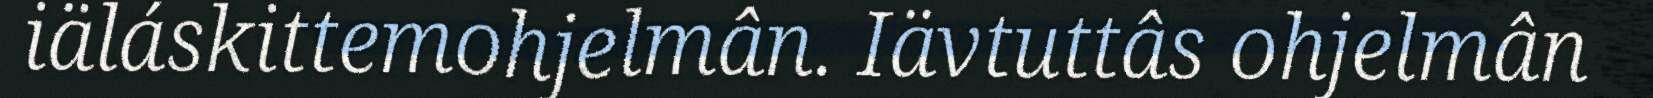
iäláskittemohjelmân. Iävtuttâs ohjelmân